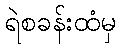
ရဲစခန်းထံမှ